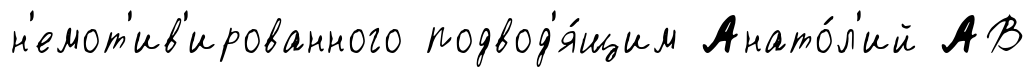
н'емот'ив'ированного подвод'я́щим Анато́л'ий АВ